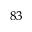
^ { 8 3 }